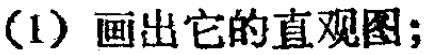
(1) 画出它的直观图;